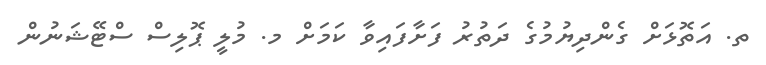
ތ. އަތޮޅަށް ގެންދިޔުމުގެ ދަތުރު ފަށާފައިވާ ކަމަށް މ. މުލީ ޕޮލިސް ސްޓޭޝަނުން